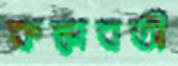
কঙ্কাবতী